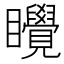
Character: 𬑬